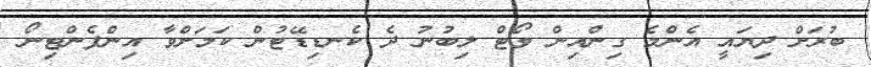
ބުރަށް ދިޔައީ އެންމެ ގިންއިން ވޯޓް ލިބުނު ދެ ކެނޑިޑޭޓުން ކަމަށްވާ އިންފެންޓިނޯ